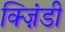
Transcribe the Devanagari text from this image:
क्ज़िंडी